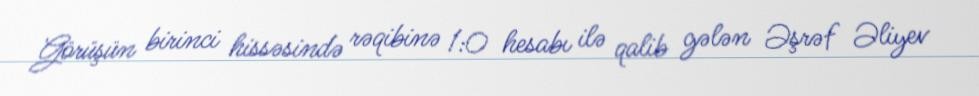
Görüşün birinci hissəsində rəqibinə 1:0 hesabı ilə qalib gələn Əşrəf Əliyev